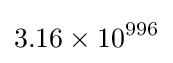
3.16\times 10^{996}